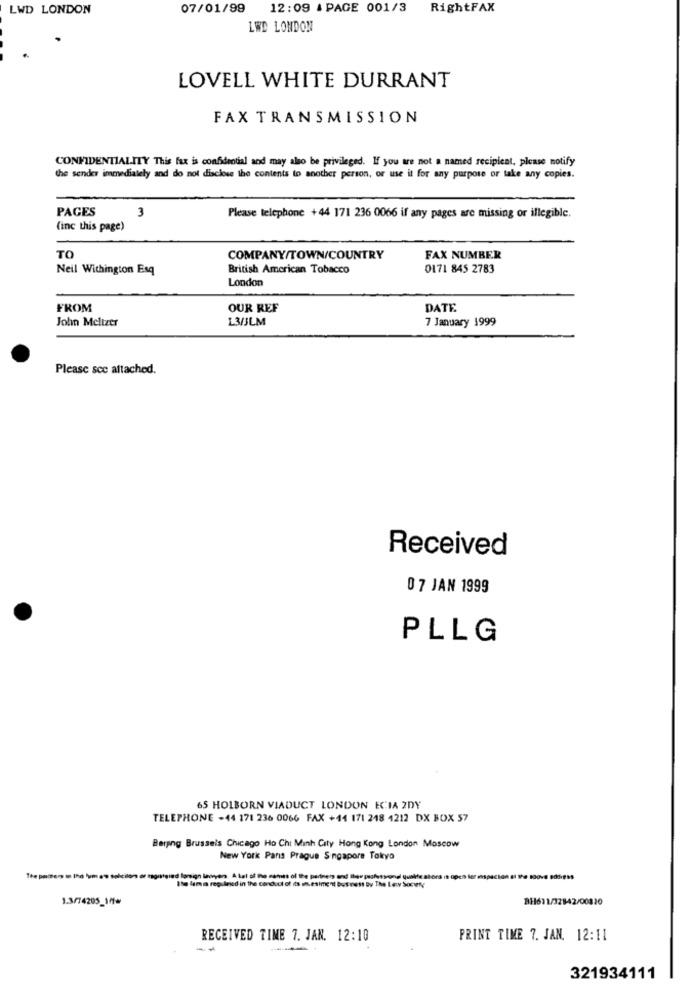
LWD LONDON
07/01/99
12:09 & PAGE 001/3
RightFAX
LWD LONDON
LOVELL WHITE DURRANT
FAX TRANSMISSION
CONFIDENTIALITY This fax is confidential and may also be privileged. If you are not a named recipient, please notify
the sender immediately and do not disclose the contents to another person, or use it for any purpose or take any copies.
PAGES
3
Please telephone +44 171 236 0066 if any pages are missing or illegible.
(inc this page)
TO
COMPANY/TOWN/COUNTRY
FAX NUMBER
Neil Withington Esq
British American Tobacco
0171 845 2783
London
FROM
OUR REF
DATE
John Meltzer
L3/JLM
7 January 1999
Please see attached.
Received
07 JAN 1999
PLLG
65 HOLBORN VIADUCT LONDON ECIA 2DY
TELEPHONE -44 171 236 0066 FAX +44 171 248 4212 DX BOX 57
Berging Brussels Chicago Ho Chi Minh City Hong Kong London Moscow
New York Paris Prague Singapore Tokyo
foreign lawyers A lot of the series of the partners and the profesyonel qualifie alors is open ler espacion of the soove addiges
med in the conduct of dis ancesiment but nest by The Lev Soon
BH611/32842/00820
RECEIVED TIME 7. JAN. 12:10
PRINT TIME 7. JAN. 12:11
321934111